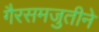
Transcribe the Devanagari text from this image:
गैरसमजुतीने